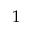
1